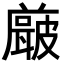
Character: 𭽶